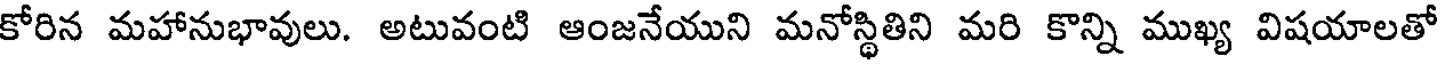
కోరిన మహానుభావులు. అటువంటి ఆంజనేయుని మనోస్థితిని మరి కొన్ని ముఖ్య విషయాలతో